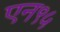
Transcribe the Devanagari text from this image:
एन९५